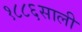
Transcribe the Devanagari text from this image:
१८८६साली